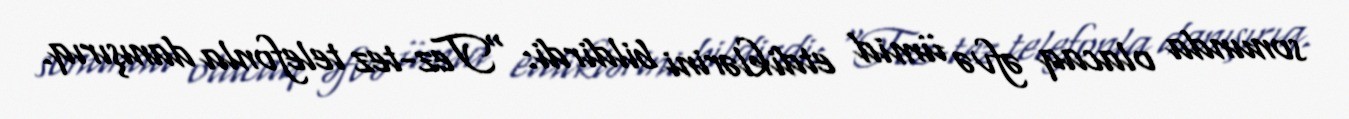
sonunda olacaq əfvə ümid etdiklərini bildirdi: “Tez-tez telefonla danışırıq.